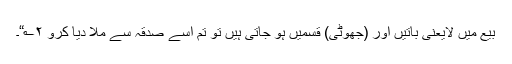
بیع میں لایعنی باتیں اور (جھوٹی) قسمیں ہو جاتی ہیں تو تم اسے صدقہ سے ملا دیا کرو ۲؎“۔